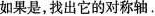
如果是，找出它的对称轴.